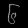
Digit: ၆